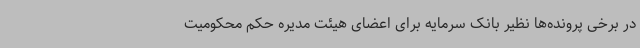
در برخی پرونده‌ها نظیر بانک سرمایه برای اعضای هیئت مدیره حکم محکومیت